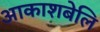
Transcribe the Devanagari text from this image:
आकाशबेलि